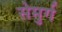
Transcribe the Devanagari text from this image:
सेमुर्ग